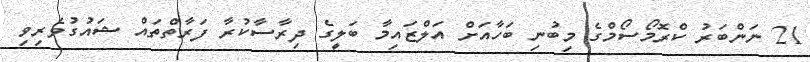
21 ނަންބަރު ކްރޮމޯސޯމްގެ މިބުނި ބަހާއަށް އަލްޒައިމާ ބަލީގެ ދިރާސާކުރާ ފަރާތްތައް ޝައުގުވެރިވި